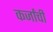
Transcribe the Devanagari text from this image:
कर्जांची